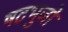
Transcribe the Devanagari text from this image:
षटभुजों